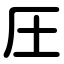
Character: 圧